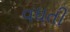
વઘતી